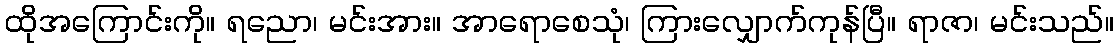
ထိုအကြောင်းကို။ ရညော၊ မင်းအား။ အာရောစေသုံ၊ ကြားလျှောက်ကုန်ပြီ။ ရာဇာ၊ မင်းသည်။